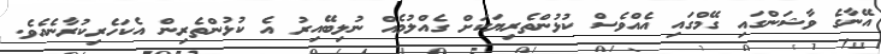
އޭނާގެ ވާޝަންގައި ގޭމްގައި އެއްވެސް ކުޅުންތެރިޔަކަށް ގެއްލުމެއް ނުލިބޭއިރު އެ ކުޅުންތެރިން އެކަހެރިކުރާނެއެވެ.